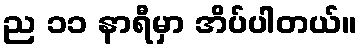
ည ၁၁ နာရီမှာ အိပ်ပါတယ်။